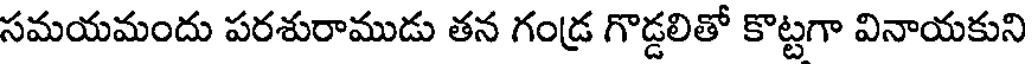
సమయమందు పరశురాముడు తన గండ్ర గొడ్డలితో కొట్టగా వినాయకుని